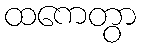
ထကေတွာ